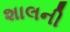
શાલની